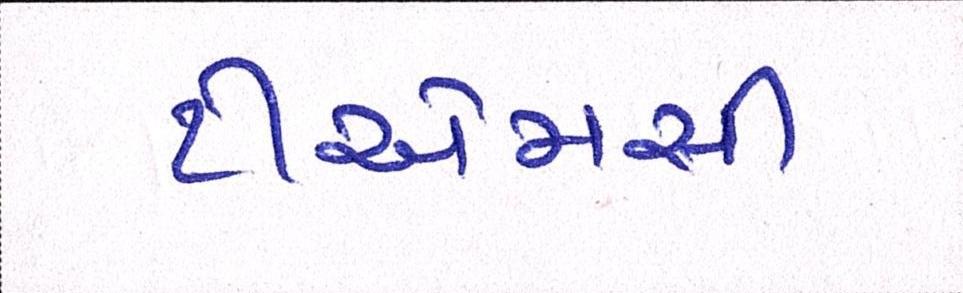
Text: ટીએમસી